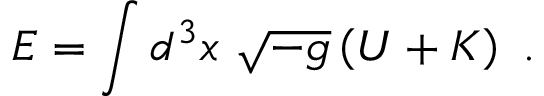
E = \int d ^ { 3 } x \ \sqrt { - g } \left( { \cal U } + { \cal K } \right) \ .